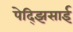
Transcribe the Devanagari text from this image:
पेद्झिसाई